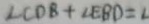
\angle C D B + \angle E B D = 2